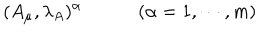
LaTeX: ( A _ { \mu } , \lambda _ { A } ) ^ { \alpha } \qquad \quad ( \alpha = 1 , \cdots , m )